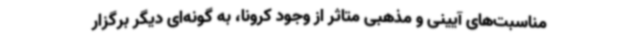
مناسبت‌های آیینی و مذهبی متاثر از وجود کرونا، به گونه‌ای دیگر برگزار